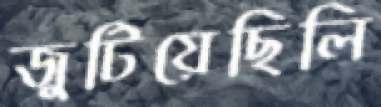
জুটিয়েছিলি